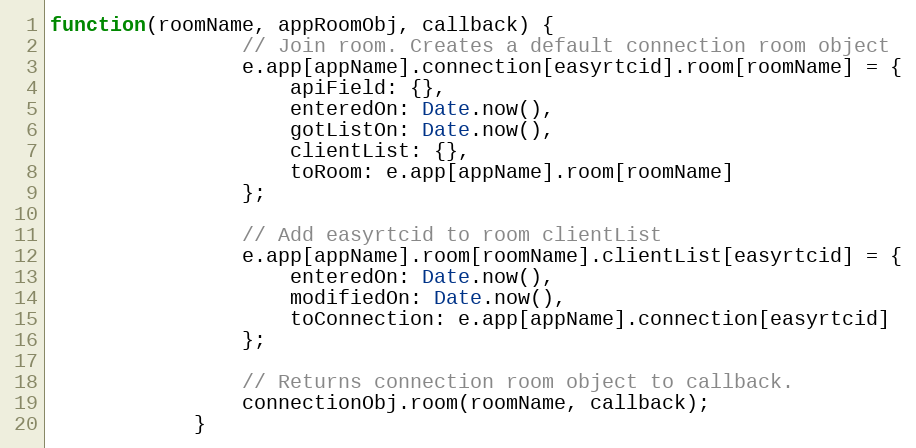
Language: JavaScript
function(roomName, appRoomObj, callback) {
                // Join room. Creates a default connection room object
                e.app[appName].connection[easyrtcid].room[roomName] = {
                    apiField: {},
                    enteredOn: Date.now(),
                    gotListOn: Date.now(),
                    clientList: {},
                    toRoom: e.app[appName].room[roomName]
                };

                // Add easyrtcid to room clientList
                e.app[appName].room[roomName].clientList[easyrtcid] = {
                    enteredOn: Date.now(),
                    modifiedOn: Date.now(),
                    toConnection: e.app[appName].connection[easyrtcid]
                };

                // Returns connection room object to callback.
                connectionObj.room(roomName, callback);
            }